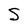
Character: S